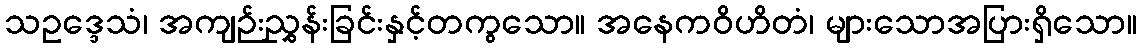
သဥဒ္ဒေသံ၊ အကျဉ်းညွှန်းခြင်းနှင့်တကွသော။ အနေကဝိဟိတံ၊ များသောအပြားရှိသော။